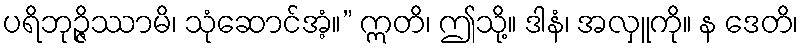
ပရိဘုဉ္ဇိဿာမိ၊ သုံဆောင်အံ့။” ဣတိ၊ ဤသို့။ ဒါနံ၊ အလှူကို။ န ဒေတိ၊